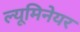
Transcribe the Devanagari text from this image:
ल्यूमिनेयर